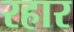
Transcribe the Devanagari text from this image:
रहार